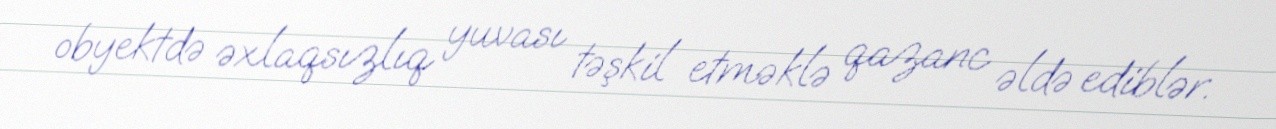
obyektdə əxlaqsızlıq yuvası təşkil etməklə qazanc əldə ediblər.